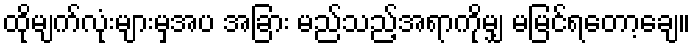
ထိုမျက်လုံးများမှအပ အခြား မည်သည့်အရာကိုမျှ မမြင်ရတော့ချေ။